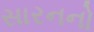
સારનનો